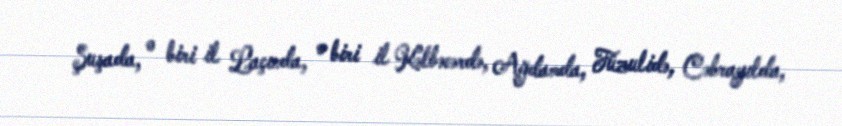
Şuşada, o biri il Laçında, o biri il Kəlbəcərdə, Ağdamda, Füzulidə, Cəbrayılda,